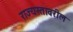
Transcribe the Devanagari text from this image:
राज्यस्तावरील